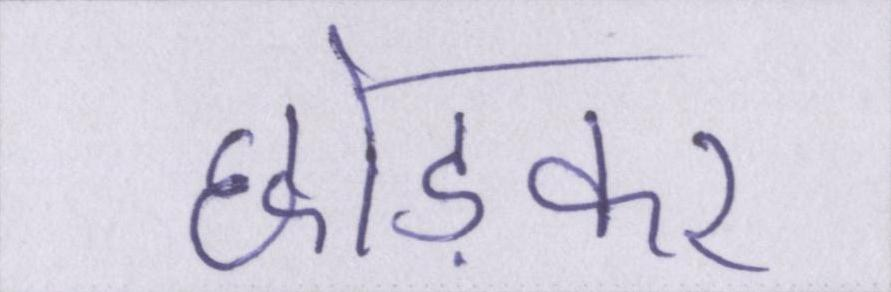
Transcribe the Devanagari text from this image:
छोड़कर